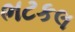
ભટકલ